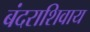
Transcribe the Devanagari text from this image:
बंदराशिवाय